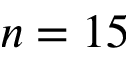
n = 1 5